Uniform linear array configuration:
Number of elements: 8
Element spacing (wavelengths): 1
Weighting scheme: kaiser
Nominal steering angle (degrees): -60
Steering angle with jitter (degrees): -61.214
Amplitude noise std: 0.05
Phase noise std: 0.05

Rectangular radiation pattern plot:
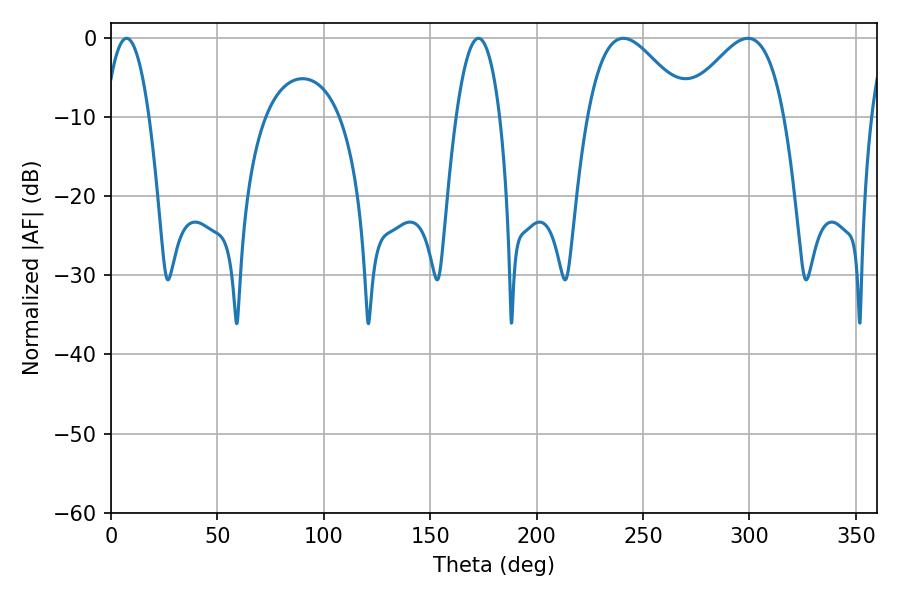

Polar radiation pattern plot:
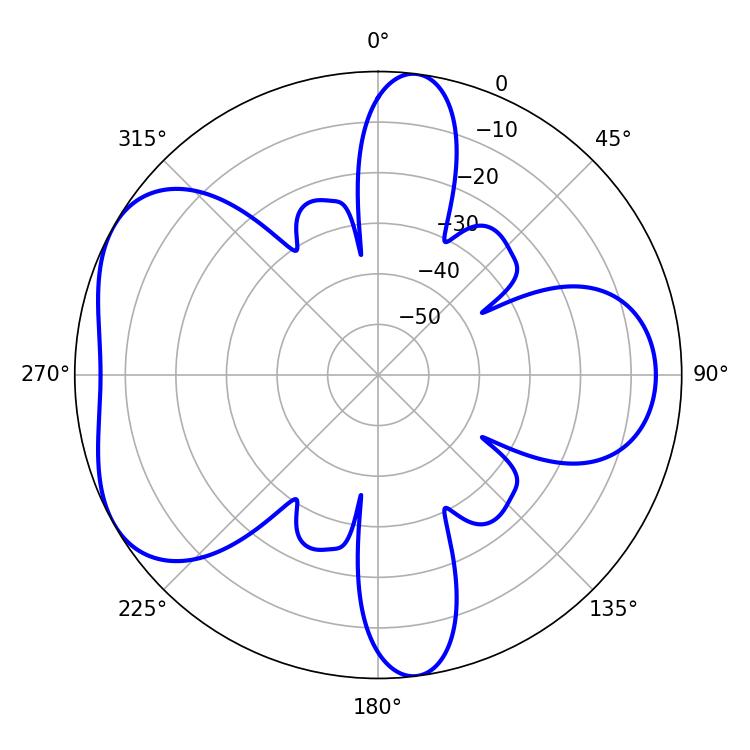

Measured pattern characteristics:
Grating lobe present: TRUE
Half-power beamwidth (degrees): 25.74
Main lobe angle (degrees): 299.16